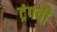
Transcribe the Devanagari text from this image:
ट्रंपची